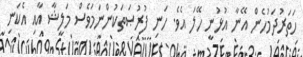
ހަތަރުދަމުހެން އޭނާ އުޅުނީ ހޭލަ އެވެ. ހަނި ފުރުޞަތަކުންނަމަވެސް މަލީޝާ އާއި އެކަނި